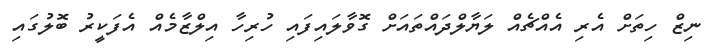
ނިޒް ހިތަށް އެރި އެއްޗެއް ލަޔާލްދައްތައަށް ގޮވާލައިފައި ހުރިހާ އިލްޒާމެއް އެފަކީރު ބޮލުގައި